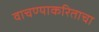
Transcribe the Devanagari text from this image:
वाचण्याकरिताचा